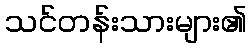
သင်တန်းသားများ၏